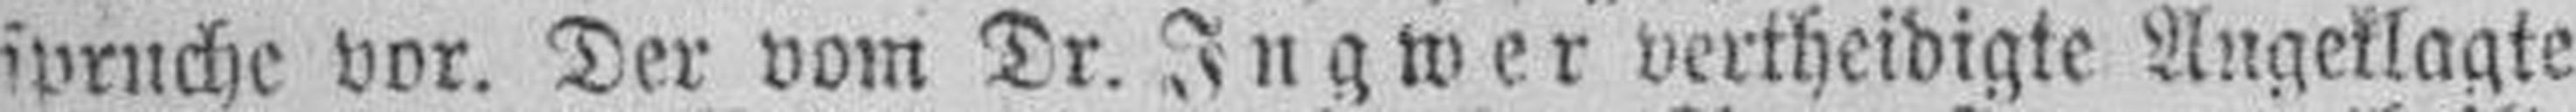
spruche vor. Der vom Dr. Ingwer vertheidigte Angeklagte